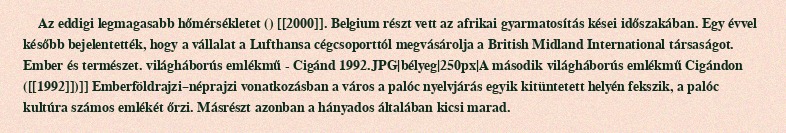
Az eddigi legmagasabb hőmérsékletet () [[2000]]. Belgium részt vett az afrikai gyarmatosítás kései időszakában. Egy évvel később bejelentették, hogy a vállalat a Lufthansa cégcsoporttól megvásárolja a British Midland International társaságot. Ember és természet. világháborús emlékmű - Cigánd 1992.JPG|bélyeg|250px|A második világháborús emlékmű Cigándon ([[1992]])]] Emberföldrajzi–néprajzi vonatkozásban a város a palóc nyelvjárás egyik kitüntetett helyén fekszik, a palóc kultúra számos emlékét őrzi. Másrészt azonban a hányados általában kicsi marad.